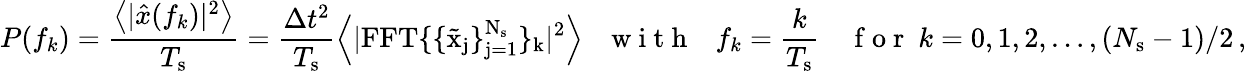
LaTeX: P(f_{k})=\frac{\left<|\hat{x}(f_{k})|^{2}\right>}{T_{\mathrm{s}}}=\frac{\Delta t^{2}}{T_{\mathrm{s}}}\left<|\mathrm{{FFT}\{ \{ \tilde{x}_{j}\} _{j=1}^{N_{\mathrm{s}}}\} _{k}|^{2}}\right>\ \ \ \mathrm{~w~i~t~h~}\ \ \ f_{k}=\frac{k}{T_{\mathrm{s}}}\ \ \ \ \mathrm{~f~o~r~}\ k=0,1,2,\ldots,(N_{\mathrm{s}}-1)/2\, ,